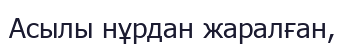
Асылы нұрдан жаралған,